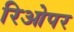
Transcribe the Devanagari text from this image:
रिओपर